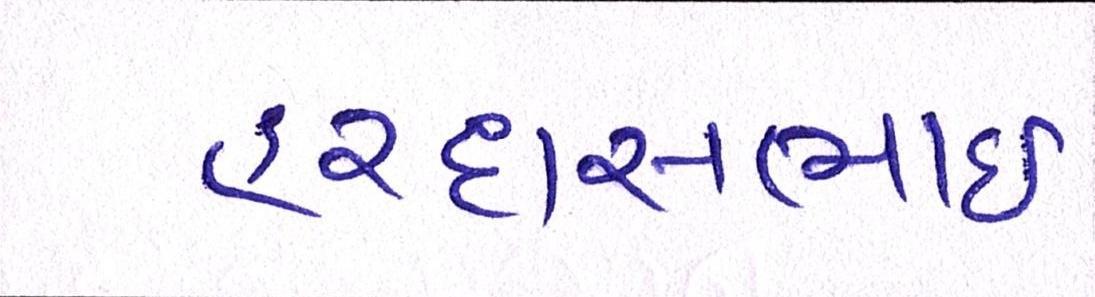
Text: હરદાસભાઇ